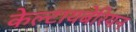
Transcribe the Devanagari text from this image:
केल्टायबेरियन